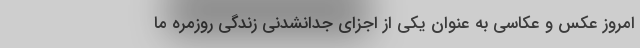
امروز عکس و عکاسی به عنوان یکی از اجزای جدانشدنی زندگی روزمره ما